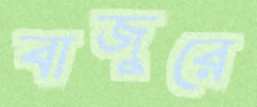
বাজুরে